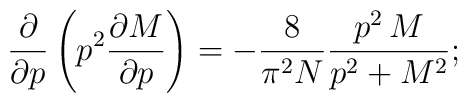
\frac{\partial}{\partial p} \left( p^2 \frac{\partial M}{\partial p}\right) = -\frac{8}{\pi^2 N} \frac{p^2 \, M}{p^2+M^2};